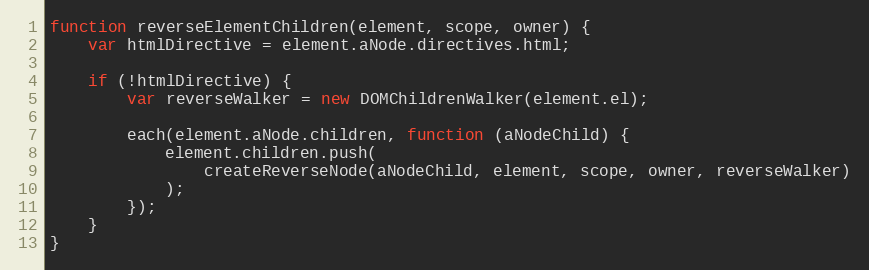
Language: JavaScript
function reverseElementChildren(element, scope, owner) {
    var htmlDirective = element.aNode.directives.html;

    if (!htmlDirective) {
        var reverseWalker = new DOMChildrenWalker(element.el);

        each(element.aNode.children, function (aNodeChild) {
            element.children.push(
                createReverseNode(aNodeChild, element, scope, owner, reverseWalker)
            );
        });
    }
}